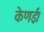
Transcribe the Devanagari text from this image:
केणई।